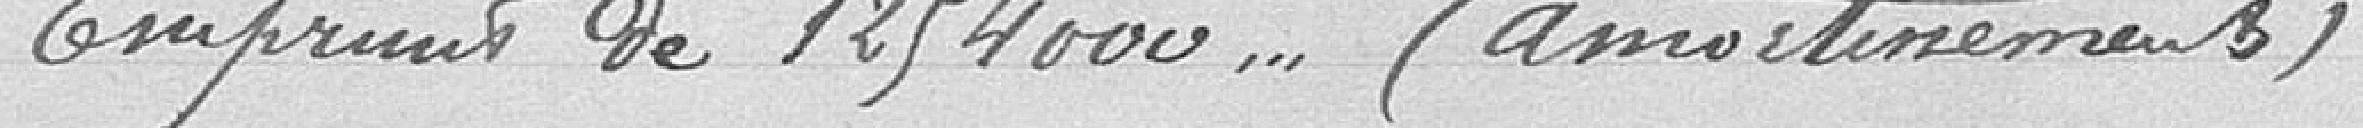
2. Emprunt de 1.254.000  (amortissements)